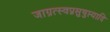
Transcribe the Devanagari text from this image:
जाग्रत्स्वप्नसुषुप्त्यादि